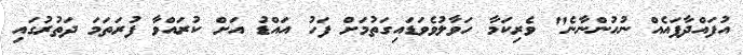
އުފައްދާފައެއް ނުހުންނާނެ" ވެރިކަމާ ހަވާލުވެވަޑައިގަތުމަށް ފަހު އައްޑު އަށް ކުރައްވާ ފުރަތަމަ ދަތުރުގައި